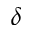
\delta